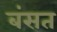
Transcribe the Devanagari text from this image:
बंसत